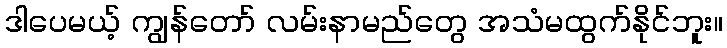
ဒါပေမယ့် ကျွန်တော် လမ်းနာမည်တွေ အသံမထွက်နိုင်ဘူး။